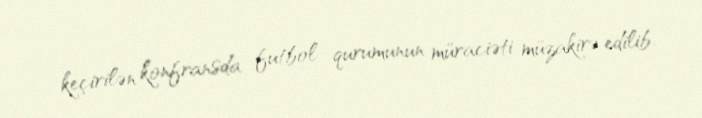
keçirilən konfransda futbol qurumunun müraciəti müzakirə edilib.